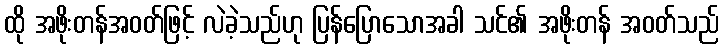
ထို အဖိုးတန်အဝတ်ဖြင့် လဲခဲ့သည်ဟု ပြန်ပြောသောအခါ သင်၏ အဖိုးတန် အဝတ်သည်